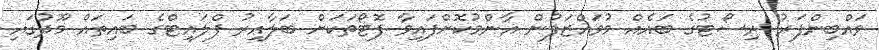
ވައްބިންފަރު ރިސޯޓުގެ ބައެއް މުވައްޒަފުން އާންމުކޮށްފައިވާ ފޮޓޯތަކަށް ބަލާއިރު ފްލައިޓްގެ ބައިތައް މޫދުގައި